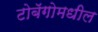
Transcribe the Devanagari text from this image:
टोबॅगोमधील